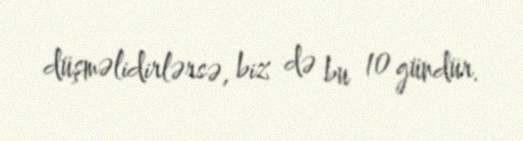
düşməlidirlərsə, biz də bu 10 gündür.